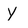
Character: y